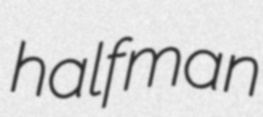
halfman